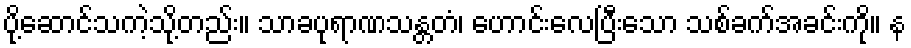
ပို့ဆောင်သကဲ့သို့တည်း။ သာခပုရာဏသန္တတံ၊ ဟောင်းလေပြီးသော သစ်ခက်အခင်းကို။ န